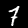
Digit: 7